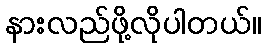
နားလည်ဖို့လိုပါတယ်။